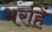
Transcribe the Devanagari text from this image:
भरहिं